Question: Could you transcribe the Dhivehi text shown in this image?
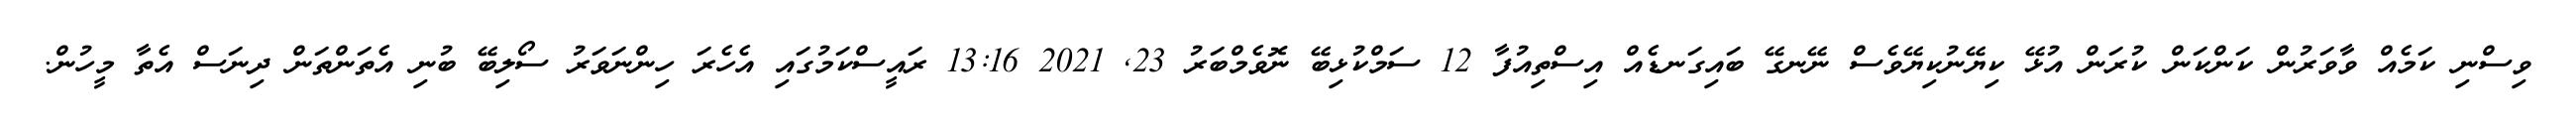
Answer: ވިސްނި ކަމެއް ވާވަރުން ކަންކަން ކުރަން އުޅޭ ކިޔޭނުކިޔޭވެސް ނޭނގޭ ބައިގަނޑެއް އިސްތިއުފާ 12 ސަމްކުޅިބޭ ނޮވެމްބަރު 23, 2021 13:16 ރައީސްކަމުގައި އެހެރަ ހިންނަވަރު ސޯލިބޭ ބުނި އެތަންތަން ދިނަސް އެތާ މީހުން.